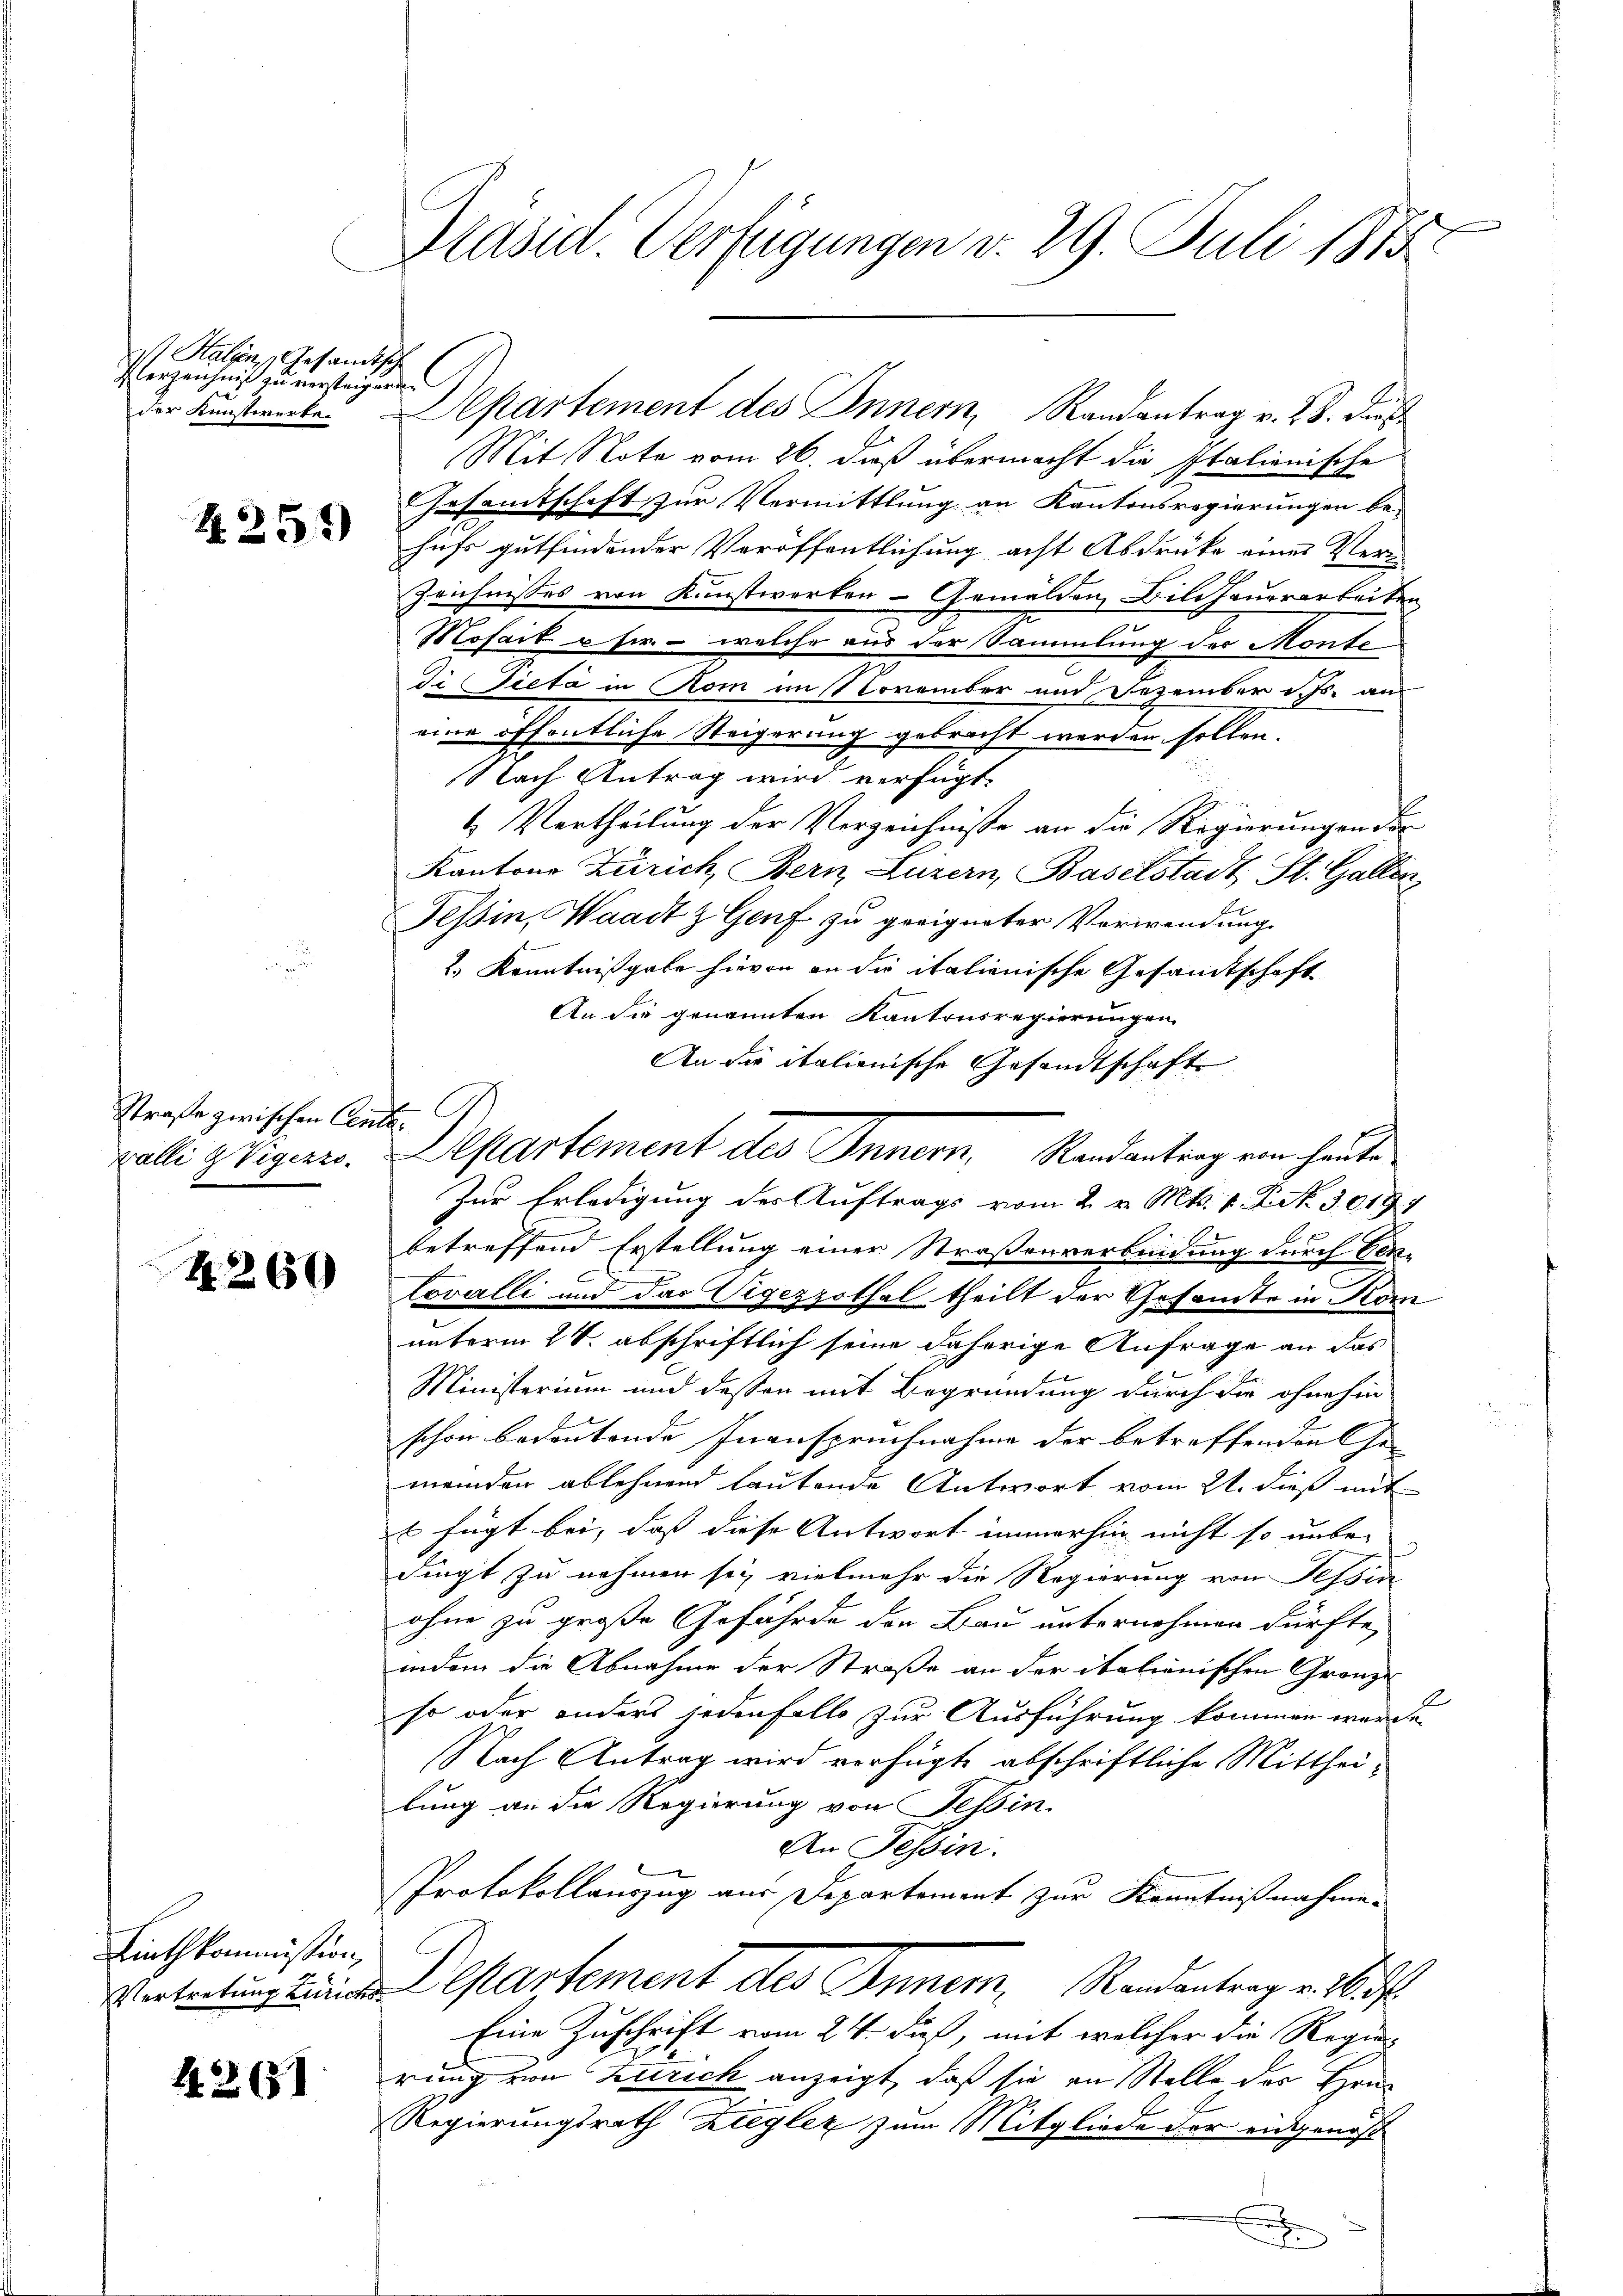
it Kalen, Gesandtsche
Verzeichnis zu versteigerne
e

4259

Straße zwischen Cem
Balle & Vigezzo.

H. 2659)

Linthkommission,
Vertretung Zürich

42. 651

Präsid. Verfügungen v. 29. Juli 1875.

Mit Note vom 26. dieß übermacht die Italienische
Gesamtschaft zur Vermittlung an Kantonsregierungen be-
hufs gutfindender Veröffentlichung acht Abdruke einer Ver¬
Zeichnisses von Kunstwerken-Gemälden Bildhauerarbeiten
Mosaik u sie. - welche aus der Sammlung der Monte¬
Di Pieta in Rom im November und Dezember d. Js. aus
eine öffentliche Steigerung gebracht werden sollen.
Nach Antrag wird verfügt:
4 Vertheilung der Verzeichnisse an die Regierungen der
Kantons Zürich, Bern Luzern, Baselstadt, St. Gallen
Tessin, Waadt & Genf zu geeigneter Verwendung
2.) Kenntnißgabe hievon an die italienische Gesandtschaft
An die genannten Kantonsregierungen
An die italienische Gesandtschaft
r
Zur Erledigung des Auftrags vom 2. v. Mts. v. Art. 3019
.
betreffend Erstellung einer Straßenverbindung durch Ver-
tovalli und das Tigezzothal theilt der Gesamte in Kom
unterm 24. abschriftlich seine daherige Anfrage an das
Ministerium und dessen mit Begründung durch die ohnehin
schon bedeutende Inanspruchnahme der betreffenden Ge-
meinden ablehnend lautende Antwort vom 21. dieß mit
 fügt bei, dass diese Antwort immerhin nicht so unbe-
dingt zu nehmen sey vielmehr die Regierung von Tessin
ohne zu große Gefährde den Bau unternehmen dürfte,
indem die Abnahme der Straße an der italiänischen Gränze
l
so oder anders jedenfalls zur Ausführung kommen werde.
Nach Antrag wird verfügte abschriftliche Mittheilung an die Regierung von Tessin.
An Tessin.
Protokollauszug aus Departement zur Kenntnißnahme.
Departement des Innern. Randantrag u. 16.
Eine Zuschrift vom 24. dieß, mit welcher die Regie-
rung von Zürich anzeigt, daß sie an Stelle des Hrn
Regierungsrath Ziegler zum Mitgliede der eidgenoß
.

der Kunstwerke Departement des Innern, Randantrag v. 28. dieß¬

Departement des Innern, Randantrag von heute